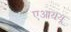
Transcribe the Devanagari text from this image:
एआययू